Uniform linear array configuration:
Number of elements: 12
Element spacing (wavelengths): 0.5
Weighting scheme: binomial
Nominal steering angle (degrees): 60
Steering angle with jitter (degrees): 61.462
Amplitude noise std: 0.05
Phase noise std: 0.05

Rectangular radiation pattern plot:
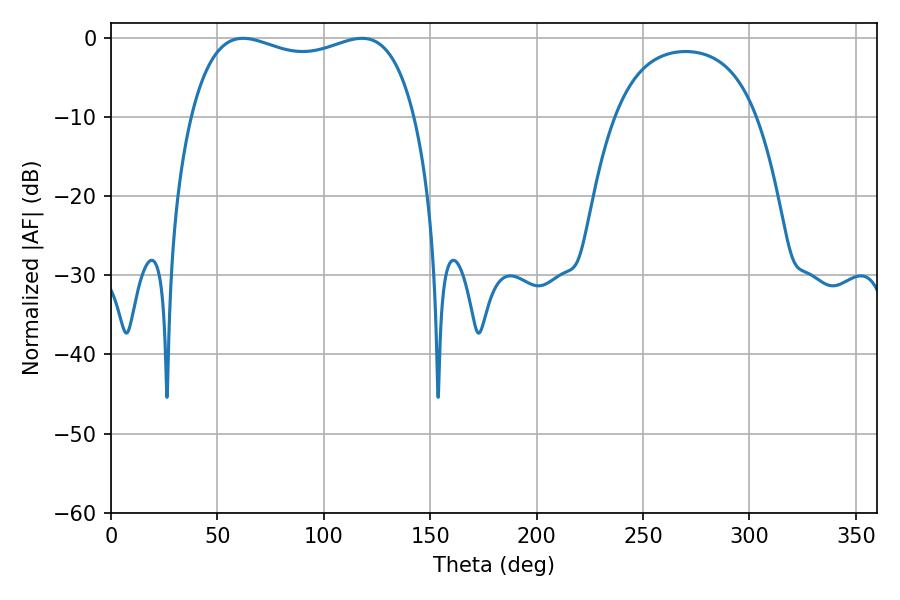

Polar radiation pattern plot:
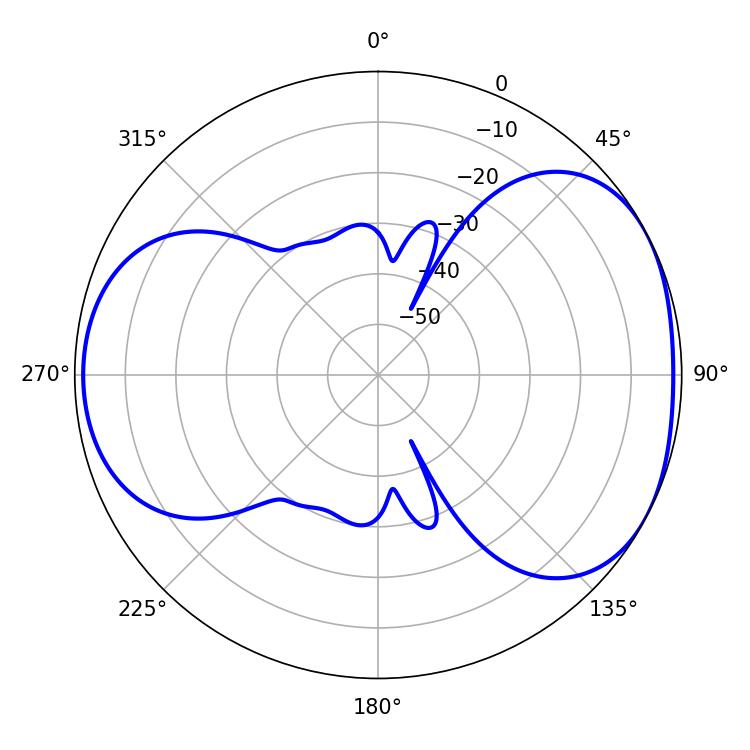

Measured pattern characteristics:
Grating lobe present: FALSE
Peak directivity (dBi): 4.717
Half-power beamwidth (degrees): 86.04
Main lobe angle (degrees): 62.1